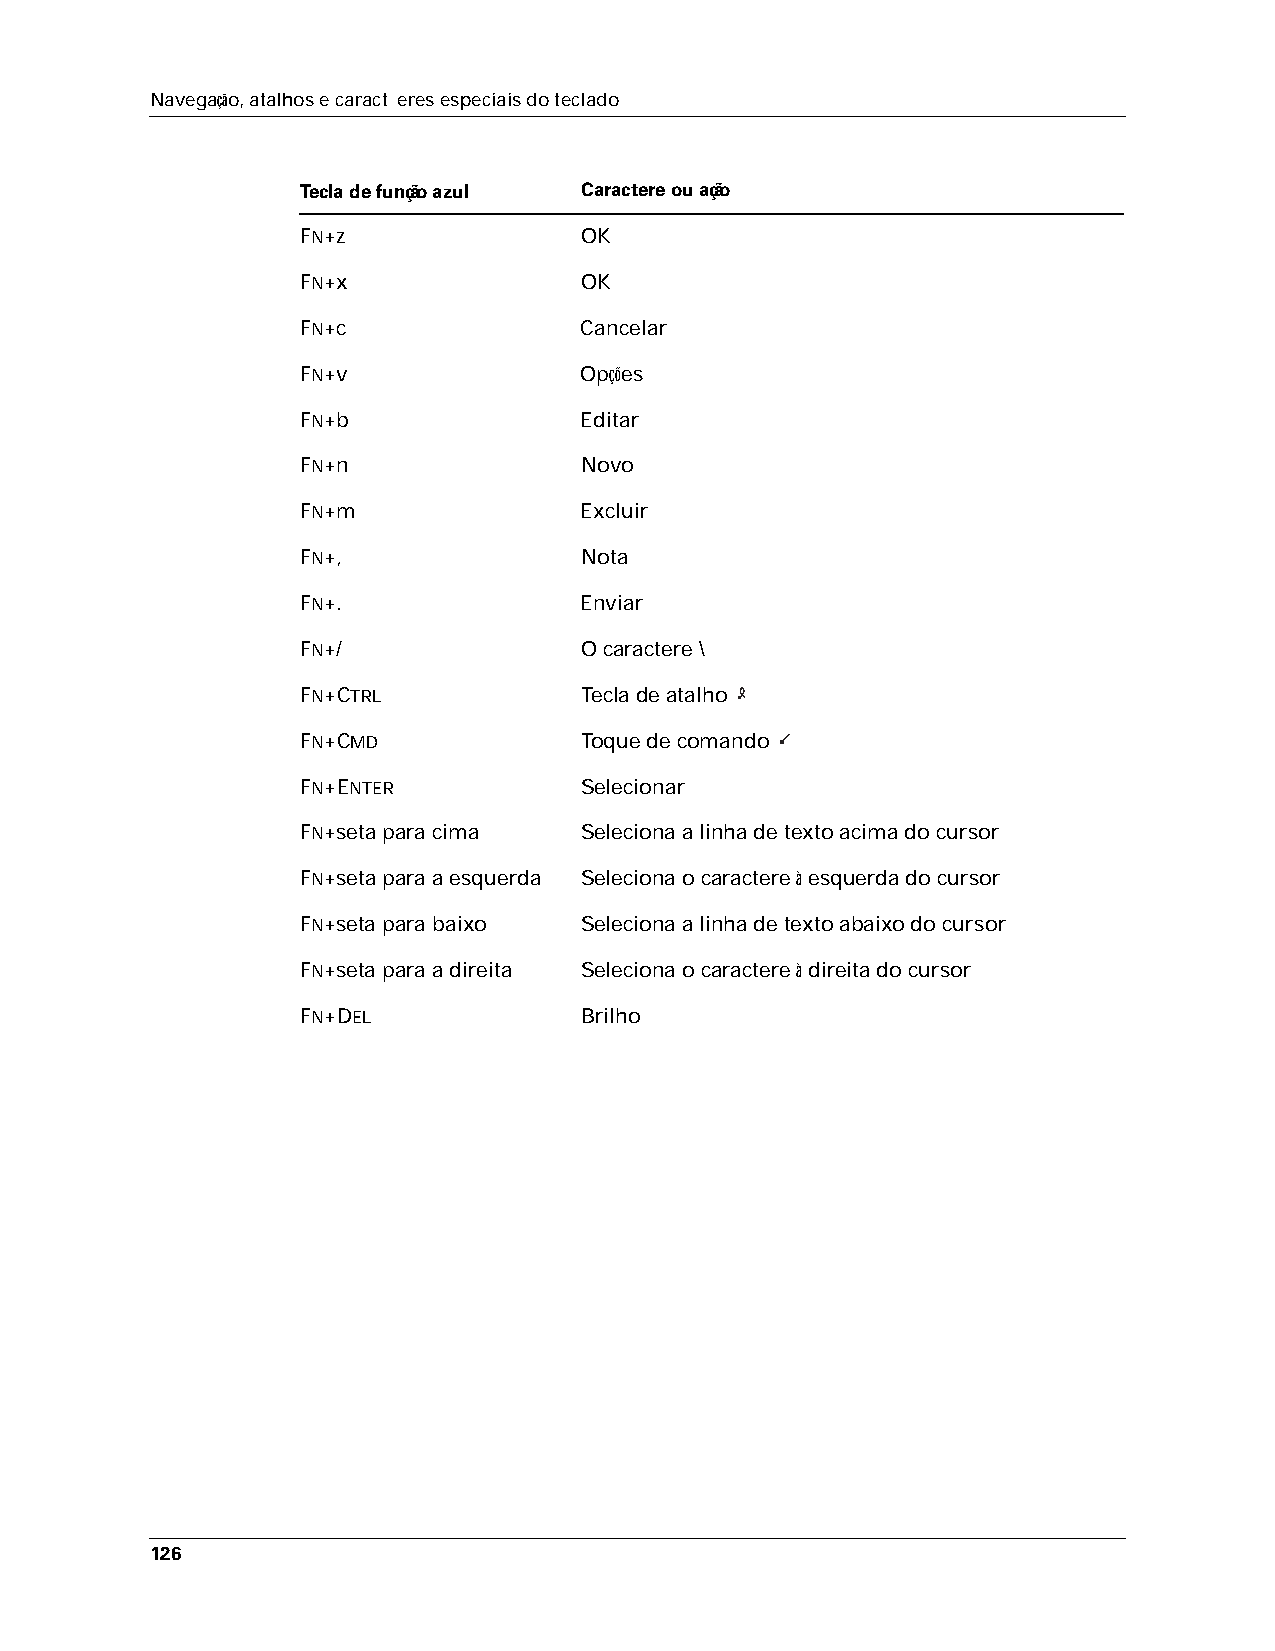
Navegação, atalhos e caract eres especiais do teclado
 Tecla de função azul Caractere ou ação
 FN+z              OK
 FN+x              OK
 FN+c              Cancelar
 FN+v              Opções
 FN+b              Editar
 FN+n              Novo
 FN+m              Excluir
 FN+,              Nota
 FN+.              Enviar
 FN+/              O caractere \
 FN+CTRL           Tecla de atalho
 FN+CMD            Toque de comando
 FN+ENTER          Selecionar
 FN+seta para cima Seleciona a linha de texto acima do cursor
 FN+seta para a esquerda Seleciona o caractere à esquerda do cursor
 FN+seta para baixo Seleciona a linha de texto abaixo do cursor
 FN+seta para a direita Seleciona o caractere à direita do cursor
 FN+DEL            Brilho
 126